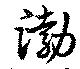
渤